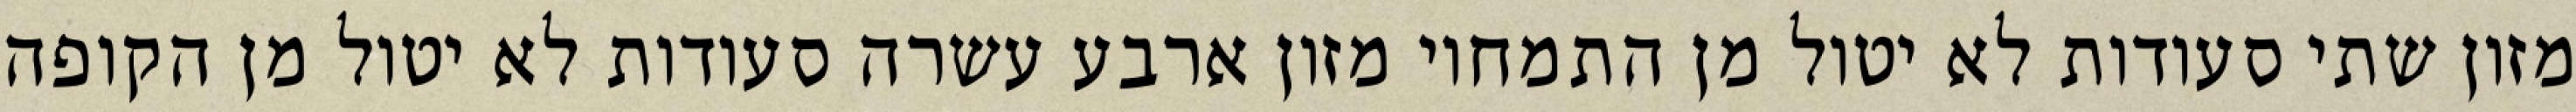
מזון שתי סעודות לא יטול מן התמחוי מזון ארבע עשרה סעודות לא יטול מן הקופה